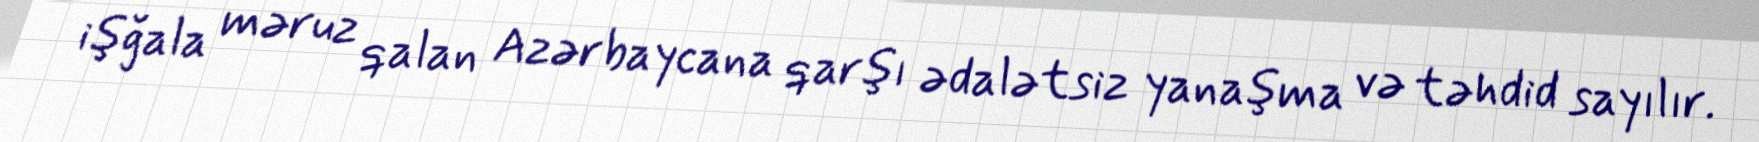
işğala məruz qalan Azərbaycana qarşı ədalətsiz yanaşma və təhdid sayılır.